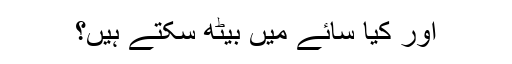
اور کیا سائے میں بیٹھ سکتے ہیں؟